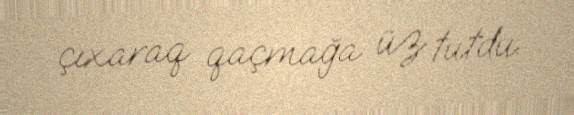
çıxaraq qaçmağa üz tutdu.